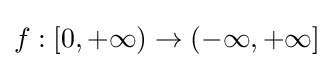
f:[0,+\infty )\to (-\infty ,+\infty ]